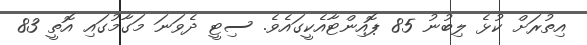
އިތުރަށް ކުޅެ ލިބުނު 85 ޕޮއިންޓާއެކީގައެވެ. ސިޓީ ދެވަނަ މަގާމުގައި އޮތީ 83